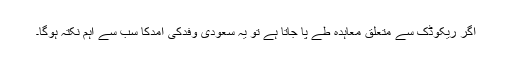
اگر ریکوڈک سے متعلق معاہدہ طے پا جاتا ہے تو یہ سعودی وفدکی آمدکا سب سے اہم نکتہ ہوگا۔